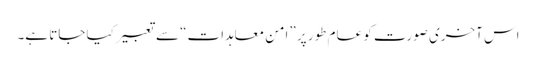
اس آخری صورت کو عام طور پر ”امن معاہدات“ سے تعبیر کیا جاتا ہے۔